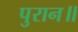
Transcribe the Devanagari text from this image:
पुरान॥